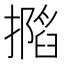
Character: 𢶽